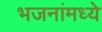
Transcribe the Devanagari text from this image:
भजनांमध्ये